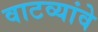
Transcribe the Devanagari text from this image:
वाटव्यांवे